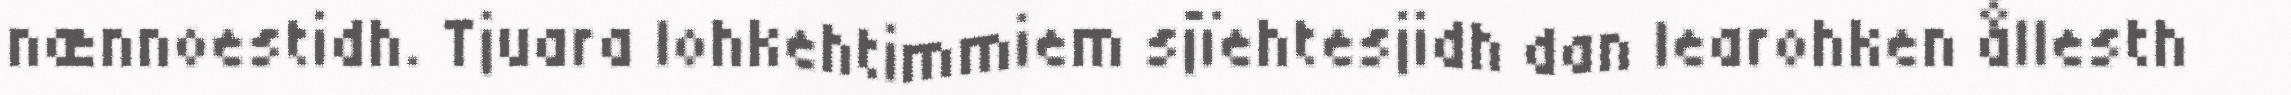
nænnoestidh. Tjuara lohkehtimmiem sjïehtesjidh dan learohken ållesth